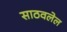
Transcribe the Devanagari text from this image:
साठवलेल